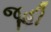
જૂહી